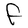
Character: F